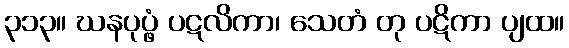
၃၁၃။ ဃနပုပ္ဖံ ပဋလိကာ၊ သေတံ တု ပဋိကာ ပျထ။